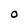
Character: O